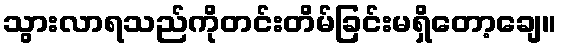
သွားလာရသည်ကိုတင်းတိမ်ခြင်းမရှိတော့ချေ။